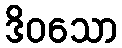
ဒိဝသော